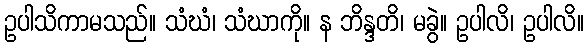
ဥပါသိကာမသည်။ သံဃံ၊ သံဃာကို။ န ဘိန္ဒတိ၊ မခွဲ။ ဥပါလိ၊ ဥပါလိ။